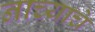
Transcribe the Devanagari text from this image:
नाच्याचे